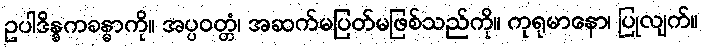
ဥပါဒိန္နကခန္ဓာကို။ အပ္ပဝတ္တံ၊ အဆက်မပြတ်မဖြစ်သည်ကို။ ကုရုမာနော၊ ပြုလျက်။